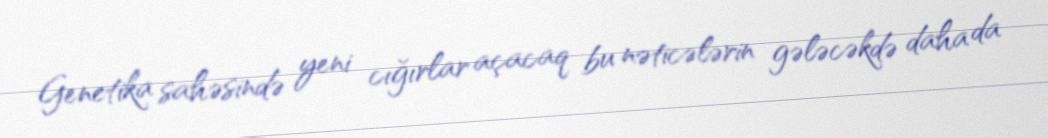
Genetika sahəsində yeni cığırlar açacaq bu nəticələrin gələcəkdə daha da